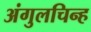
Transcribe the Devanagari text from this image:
अंगुलचिन्ह